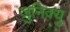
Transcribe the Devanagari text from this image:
जुनिक्यु